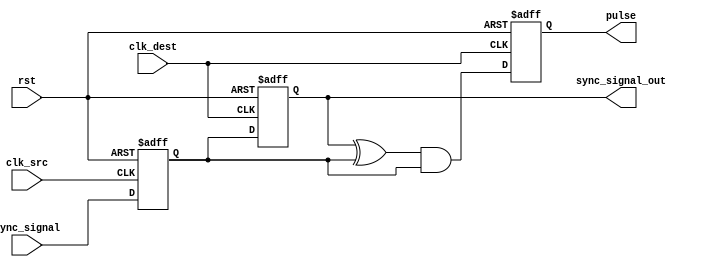
module pulsed_synchronizer (
    input wire clk_src,          // Source clock
    input wire clk_dest,         // Destination clock
    input wire rst,              // Asynchronous reset
    input wire sync_signal,      // Input signal to be synchronized
    output reg sync_signal_out,  // Synchronized output signal
    output reg pulse             // Pulse signal indicating successful capture
);

    // Internal signals for the first flip-flop
    reg sync_ff1;

    // Two-stage synchronization
    always @(posedge clk_src or posedge rst) begin
        if (rst)
            sync_ff1 <= 1'b0;
        else
            sync_ff1 <= sync_signal; // Sample on clk_src
    end

    // Capture in the destination clock domain
    always @(posedge clk_dest or posedge rst) begin
        if (rst) begin
            sync_signal_out <= 1'b0;
            pulse <= 1'b0;
        end else begin
            // Capture the synchronized signal
            sync_signal_out <= sync_ff1;

            // Generate pulse signal on change of sync_signal_out
            pulse <= (sync_signal_out ^ sync_ff1) & sync_ff1; // Generates pulse
        end
    end

endmodule